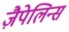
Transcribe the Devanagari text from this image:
ज़ैपेलिन्स